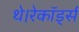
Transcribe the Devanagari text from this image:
थे।रेकॉर्ड्स